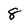
Character: 8